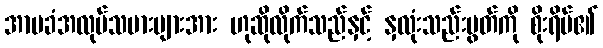
အာမခံအလုပ်သမားများအား ဟုဆိုလိုက်သည်နှင့် နှလုံးသည်းပွတ်ကို စိုးရိမ်၏